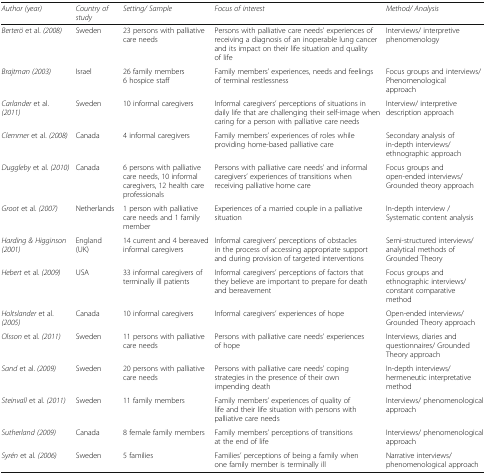
| Author (year) | Country of study | Setting/ Sample | Focus of interest | Method/ Analysis |
 | --- | --- | --- | --- | --- |
 | Berterö et al. (2008) | Sweden | 23 persons with palliative care needs | Persons with palliative care needs’ experiences of receiving a diagnosis of an inoperable lung cancer and its impact on their life situation and quality of life | Interviews/ interpretive phenomenology |
 | Brajtman (2003) | Israel | 26 family members6 hospice staff | Family members’ experiences, needs and feelings of terminal restlessness | Focus groups and interviews/ Phenomenological approach |
 | Carlander et al. (2011) | Sweden | 10 informal caregivers | Informal caregivers’ perceptions of situations in daily life that are challenging their self-image when caring for a person with palliative care needs | Interview/ interpretive description approach |
 | Clemmer et al. (2008) | Canada | 4 informal caregivers | Family members’ experiences of roles while providing home-based palliative care | Secondary analysis of in-depth interviews/ ethnographic approach |
 | Duggleby et al. (2010) | Canada | 6 persons with palliative care needs, 10 informal caregivers, 12 health care professionals | Persons with palliative care needs’ and informal caregivers’ experiences of transitions when receiving palliative home care | Focus groups and open-ended interviews/ Grounded theory approach |
 | Groot et al. (2007) | Netherlands | 1 person with palliative care needs and 1 family member | Experiences of a married couple in a palliative situation | In-depth interview / Systematic content analysis |
 | Harding & Higginson (2001) | England (UK) | 14 current and 4 bereaved informal caregivers | Informal caregivers’ perceptions of obstacles in the process of accessing appropriate support and during provision of targeted interventions | Semi-structured interviews/ analytical methods of Grounded Theory |
 | Hebert et al. (2009) | USA | 33 informal caregivers of terminally ill patients | Informal caregivers’ perceptions of factors that they believe are important to prepare for death and bereavement | Focus groups and ethnographic interviews/ constant comparative method |
 | Holtslander et al. (2005) | Canada | 10 informal caregivers | Informal caregivers’ experiences of hope | Open-ended interviews/ Grounded Theory approach |
 | Olsson et al. (2011) | Sweden | 11 persons with palliative care needs | Persons with palliative care needs’ experiences of hope | Interviews, diaries and questionnaires/ Grounded Theory approach |
 | Sand et al. (2009) | Sweden | 20 persons with palliative care needs | Persons with palliative care needs’ coping strategies in the presence of their own impending death | In-depth interviews/ hermeneutic interpretative method |
 | Steinvall et al. (2011) | Sweden | 11 family members | Family members’ experiences of quality of life and their life situation with persons with palliative care needs | Interviews/ phenomenological approach |
 | Sutherland (2009) | Canada | 8 female family members | Family members’ perceptions of transitions at the end of life | Interviews/ phenomenological approach |
 | Syrén et al. (2006) | Sweden | 5 families | Families’ perceptions of being a family when one family member is terminally ill | Narrative interviews/ phenomenological approach |